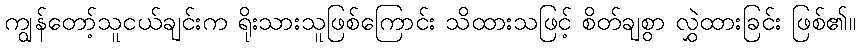
ကျွန်တော့်သူငယ်ချင်းက ရိုးသားသူဖြစ်ကြောင်း သိထားသဖြင့် စိတ်ချစွာ လွှဲထားခြင်း ဖြစ်၏။